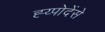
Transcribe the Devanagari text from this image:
ह्य्पोदेंसे